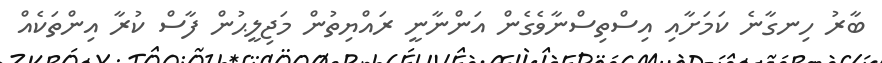
ބާރު ހިނގާނެ ކަމަށާއި އިސްތިސްނާވެގެން އަންނާނީ ރައްޔިތުން މަޖިލީޙުން ފާސް ކުރާ އިންތަކެއް